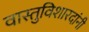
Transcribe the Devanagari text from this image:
वास्तुविशारदांनी